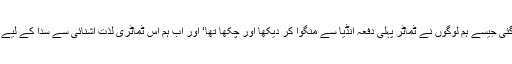
یہ خبر ایسے بنائی گئی جیسے ہم لوگوں نے ٹماٹر پہلی دفعہ انڈیا سے منگوا کر دیکھا اور چکّھا تھا‘ اور اب ہم اس ٹماٹری لذّتِ آشنائی سے سدا کے لیے محروم ہو گئے ہیں۔